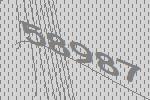
58987